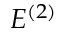
E ^ { ( 2 ) }